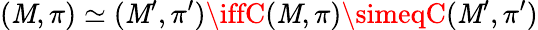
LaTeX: (\mathit{M},\pi)\simeq(\mathit{M}^{\prime},\pi^{\prime})\iffC(\mathit{M},\pi)\simeqC(\mathit{M}^{\prime},\pi^{\prime})